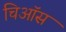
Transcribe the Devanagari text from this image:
चिऑस